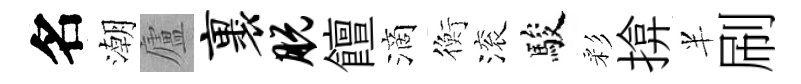
名潮廬裹脱饘滴衡滚駿彩揜半刷